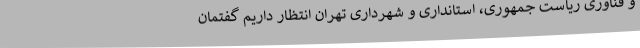
و فناوری ریاست جمهوری، استانداری و شهرداری تهران انتظار داریم گفتمان